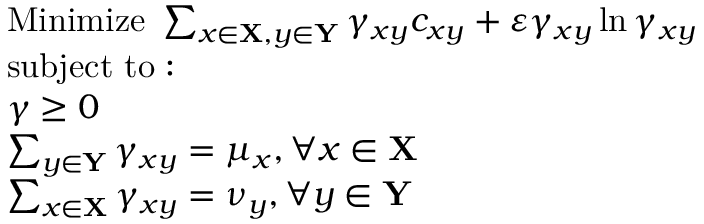
{ \begin{array} { r l } & { { \mathrm { M i n i m i z e ~ } } \sum _ { x \in \mathbf { X } , y \in \mathbf { Y } } \gamma _ { x y } c _ { x y } + \varepsilon \gamma _ { x y } \ln \gamma _ { x y } } \\ & { { \mathrm { s u b j e c t ~ t o : ~ } } } \\ & { \gamma \geq 0 } \\ & { \sum _ { y \in \mathbf { Y } } \gamma _ { x y } = \mu _ { x } , \forall x \in \mathbf { X } } \\ & { \sum _ { x \in \mathbf { X } } \gamma _ { x y } = \nu _ { y } , \forall y \in \mathbf { Y } } \end{array} }